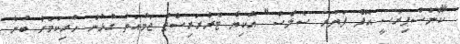
"ކޮންސްޕިރެސީ އޮފް ފަޔަރ ސެލްސް" އޭކިޔާ ޓެރެރަރިސްޓް ޖަމާއަތާ ގުޅުން ހުރިކަމަށް ބުނާ